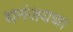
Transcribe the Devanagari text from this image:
धनंजयचा